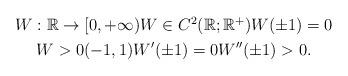
LaTeX: \begin{align*}\begin{gathered}W:\mathbb{R} \to [0,+\infty) W \in C^2(\mathbb{R}; \mathbb{R}^+) W(\pm 1)=0 \\W >0 (-1,1) W'(\pm1)=0 W''(\pm1)>0.\end{gathered}\end{align*}